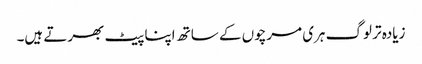
زیادہ تر لوگ ہری مرچوں کے ساتھ اپنا پیٹ بھرتے ہیں۔